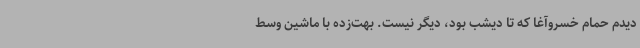
دیدم حمام خسروآغا که تا دیشب بود، دیگر نیست. بهت‌زده با ماشین وسط